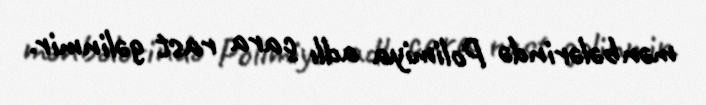
mənbələrində Polimiya adlı çara rast gəlinmir.